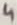
Text: 4